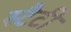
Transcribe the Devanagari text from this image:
स्टैटी